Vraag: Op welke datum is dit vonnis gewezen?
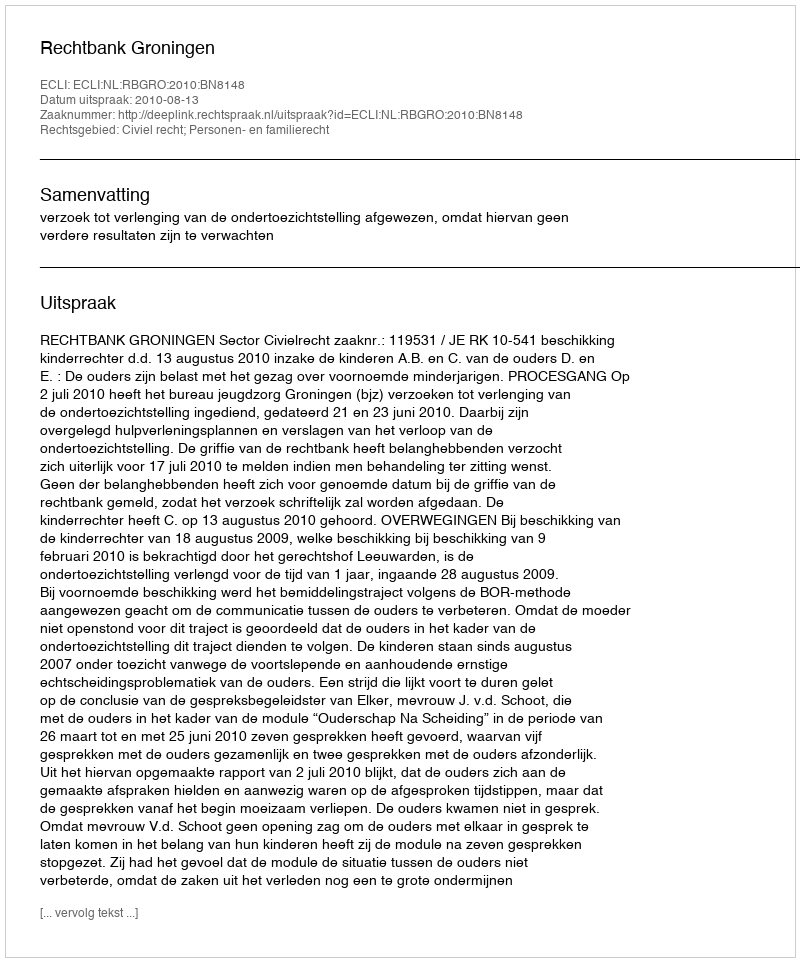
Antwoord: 2010-08-13